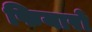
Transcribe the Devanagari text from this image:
फियारो